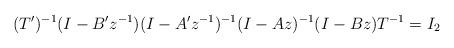
LaTeX: \begin{align*}(T')^{-1}(I-B'z^{-1})(I-A'z^{-1})^{-1}(I-Az)^{-1}(I-Bz)T^{-1} = I_2\end{align*}